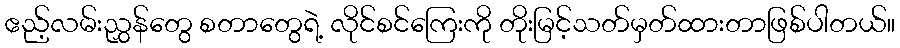
ဧည့်လမ်းညွှန်တွေ စတာတွေရဲ့ လိုင်စင်ကြေးကို တိုးမြင့်သတ်မှတ်ထားတာဖြစ်ပါတယ်။